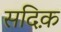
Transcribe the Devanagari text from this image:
सदिक़